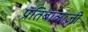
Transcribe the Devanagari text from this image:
प्रतिबालाजी